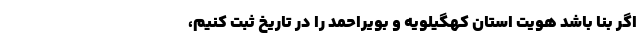
اگر بنا باشد هویت استان کهگیلویه و بویراحمد را در تاریخ ثبت کنیم،